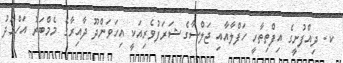
ކ. ދިއްފުށީގެ އިފްތިތާހީ ހަފްލާއާއި ޖަލްސާގެ ޝަރަފުވެރިއަކީ އިހަވަންދޫ ދާއިރާގެ މެމްބަރު އަހްމަދު